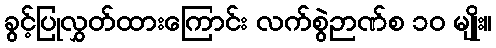
ခွင့်ပြုလွှတ်ထားကြောင်း လက်စွဲဉာဏ်စ ၁၀ မျိုး။